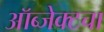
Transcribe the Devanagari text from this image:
ऑब्जेक्टचा